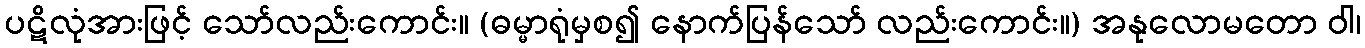
ပဋိလုံအားဖြင့် သော်လည်းကောင်း။ (ဓမ္မာရုံမှစ၍ နောက်ပြန်သော် လည်းကောင်း။) အနုလောမတော ဝါ၊